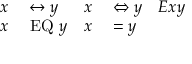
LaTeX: \begin{array} { r l r l r } { x } & { { } \leftrightarrow y } & { x } & { { } \Leftrightarrow y } & { E x y } \\ { x } & { { } \mathrm { ~ E Q ~ } y } & { x } & { { } = y } \end{array}